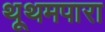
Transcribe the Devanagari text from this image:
थूथमपारा